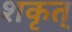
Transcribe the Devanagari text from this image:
शकृत्